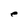
Character: e